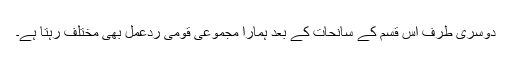
دوسری طرف اس قسم کے سانحات کے بعد ہمارا مجموعی قومی ردعمل بھی مختلف رہتا ہے۔